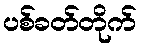
ပစ်ခတ်တိုက်